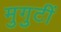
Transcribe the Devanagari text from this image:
मुगुटीं